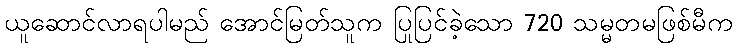
ယူဆောင်လာရပါမည် အောင်မြတ်သူက ပြုပြင်ခဲ့သော 720 သမ္မတမဖြစ်မီက